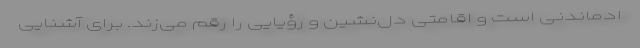
ادماندنی است و اقامتی دل‌نشین و رؤیایی را رقم می‌زند. برای آشنایی